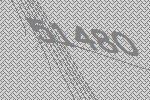
51480